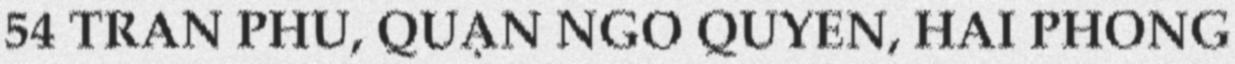
54 TRẦN PHÚ, QUẬN NGÔ QUYỀN, HẢI PHÒNG